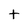
Character: t